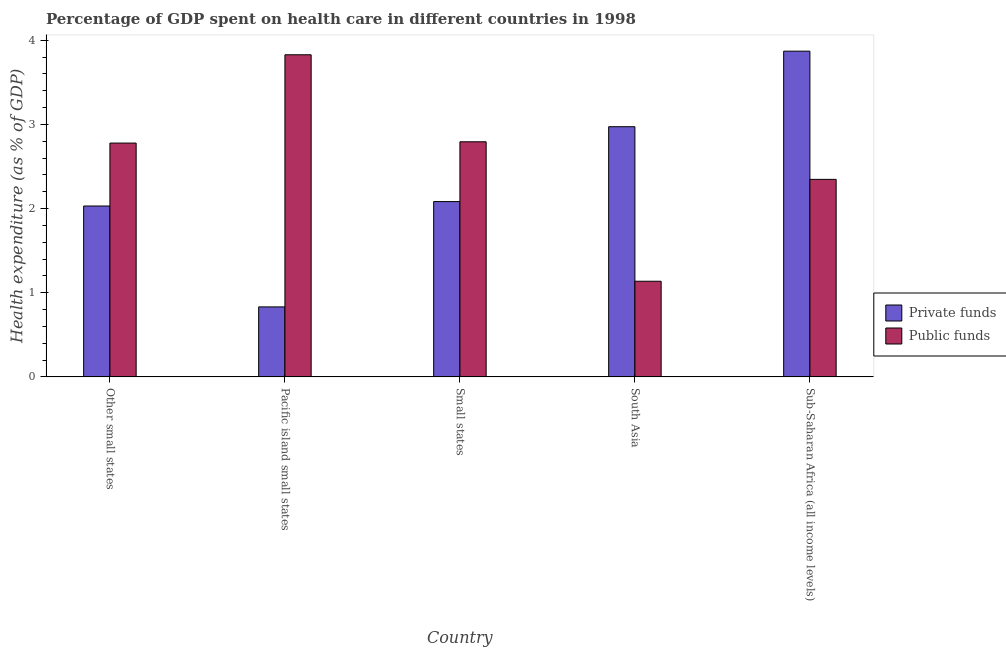
| Country | Private funds | Public funds |
 | --- | --- | --- |
 | Other small states | 2.03 | 2.78 |
 | Pacific island small states | 0.831 | 3.83 |
 | Small states | 2.08 | 2.79 |
 | South Asia | 2.97 | 1.14 |
 | Sub-Saharan Africa (all income levels) | 3.87 | 2.35 |